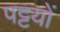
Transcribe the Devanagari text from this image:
पट्टयों